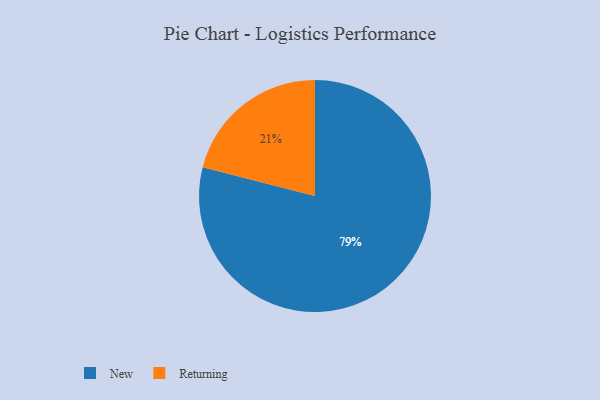
{"axis": {"x": "Category", "y": "Percentage"}, "legend": ["New", "Returning"], "data": [{"x": "New", "y": 79, "type": "New"}, {"x": "Returning", "y": 21, "type": "Returning"}]}